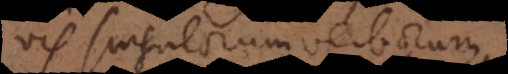
vis singulorum verborum.